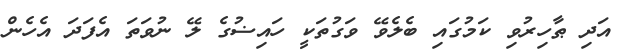
އަދި ޠާހިރުވި ކަމުގައި ބެލެވޭ ވަގުތަކީ ހައިޟުގެ ލޭ ނުވަތަ އެފަދަ އެހެން